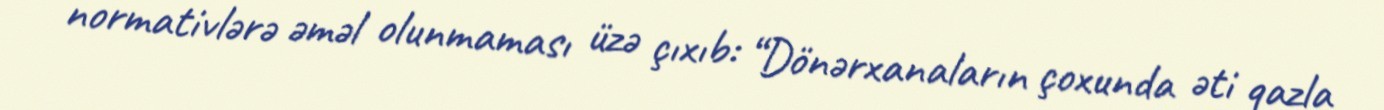
normativlərə əməl olunmaması üzə çıxıb: “Dönərxanaların çoxunda əti qazla